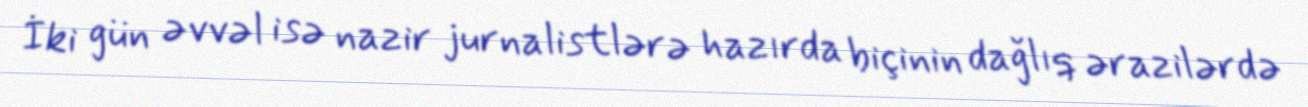
İki gün əvvəl isə nazir jurnalistlərə hazırda biçinin dağlıq ərazilərdə